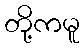
တို့ကမူ